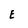
Character: E